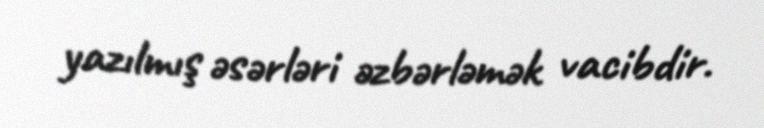
yazılmış əsərləri əzbərləmək vacibdir.